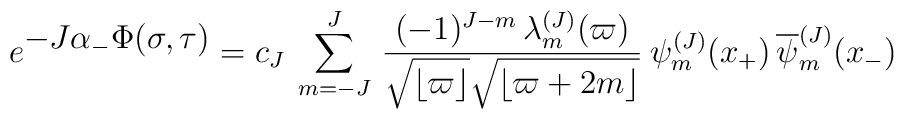
e^{\textstyle -J\alpha_-\Phi(\sigma, \tau )}=c_J \>\sum _{m=-J}^J \,{(-1)^{J-m}\, \lambda_m^{(J)}(\varpi)\over\sqrt{\lfloor \varpi\rfloor} \sqrt {  \lfloor \varpi+2m\rfloor} } \>\psi_m^{(J)}(x_+)\,{\overline \psi_{m}^{(J)}}(x_-)